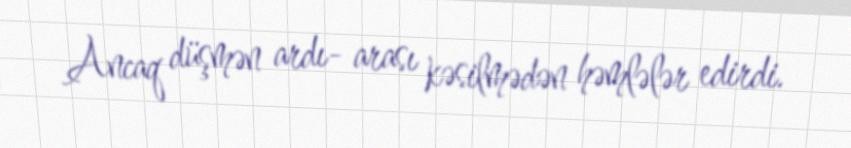
Ancaq düşmən ardı- arası kəsilmədən həmlələr edirdi.